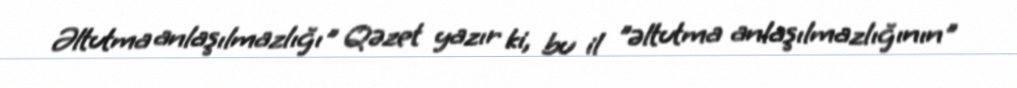
Əltutma anlaşılmazlığı" Qəzet yazır ki, bu il "əltutma anlaşılmazlığının"